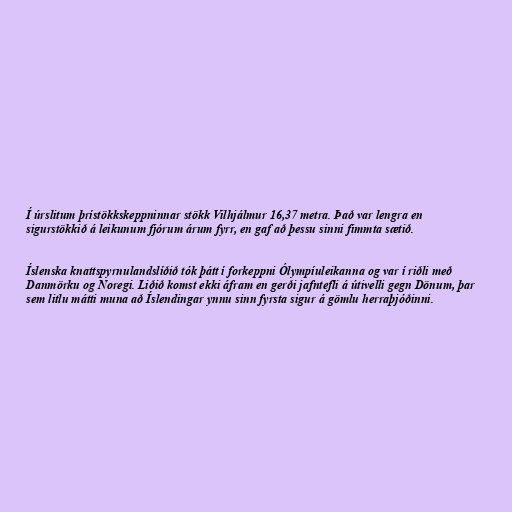
Í úrslitum þrístökkskeppninnar stökk Vilhjálmur 16,37 metra. Það var lengra en
sigurstökkið á leikunum fjórum árum fyrr, en gaf að þessu sinni fimmta sætið.

Íslenska knattspyrnulandslíðið tók þátt í forkeppni Ólympíuleikanna og var í riðli með
Danmörku og Noregi. Liðið komst ekki áfram en gerði jafntefli á útivelli gegn Dönum, þar
sem litlu mátti muna að Íslendingar ynnu sinn fyrsta sigur á gömlu herraþjóðinni.